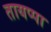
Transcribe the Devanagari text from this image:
तायप्पा